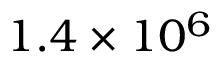
1 . 4 \times 1 0 ^ { 6 }